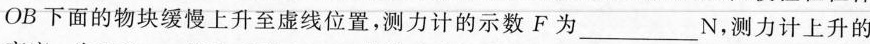
OB下面的物块缓慢上升至虚线位置，测力计的示数F为___N，测力计上升的